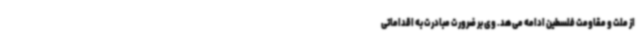
از ملت و مقاومت فلسطین ادامه می‌هد. وی بر ضرورت مبادرت به اقداماتی